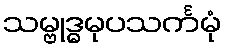
သမ္ဗုဒ္ဓမုပသင်္ကမုံ